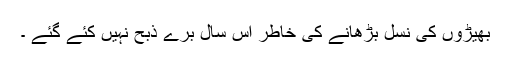
بھیڑوں کی نسل بڑھانے کی خاطر اُس سال برّے ذبح نہیں کئے گئے ۔